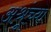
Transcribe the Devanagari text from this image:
अश्रूंच्या